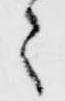
々